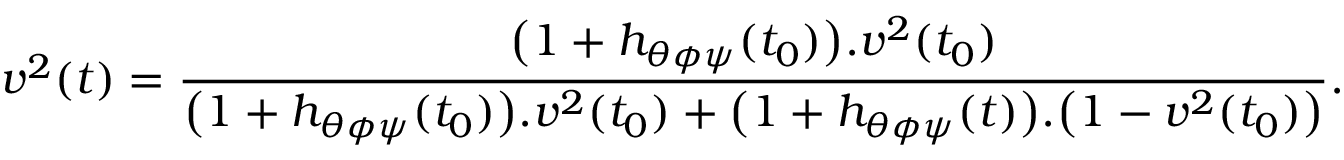
v ^ { 2 } ( t ) = \frac { \bigl ( 1 + h _ { \theta \phi \psi } ( t _ { 0 } ) \bigr ) . v ^ { 2 } ( t _ { 0 } ) } { \bigl ( 1 + h _ { \theta \phi \psi } ( t _ { 0 } ) \bigr ) . v ^ { 2 } ( t _ { 0 } ) + \bigl ( 1 + h _ { \theta \phi \psi } ( t ) \bigr ) . \bigl ( 1 - v ^ { 2 } ( t _ { 0 } ) \bigr ) } .